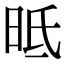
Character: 㫝